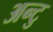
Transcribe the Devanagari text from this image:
अन्टु